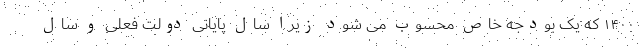
۱۴۰۰ که یک بودجه خاص محسوب می شود زیرا سال پایانی دولت فعلی و سال